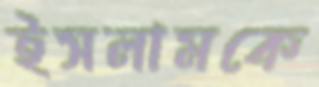
ইসলামকে